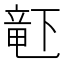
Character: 𬺗